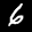
Label: 6